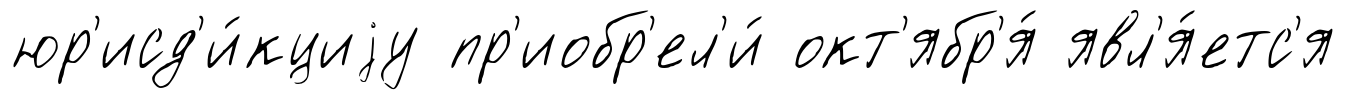
юр'исд'и́кциjу пр'иобр'ел'и́ окт'ябр'я́ явл'я́етс'я